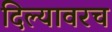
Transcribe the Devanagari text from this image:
दिल्यावरच